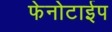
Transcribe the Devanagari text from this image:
फेनोटाईप